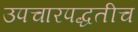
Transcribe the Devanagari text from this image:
उपचारपद्धतीच